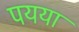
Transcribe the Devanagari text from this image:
पयया